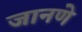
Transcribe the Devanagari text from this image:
जानणे